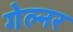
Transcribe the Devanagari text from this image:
गेल्नर